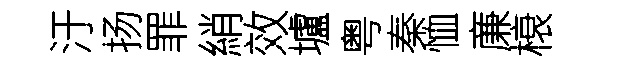
汙扬罪綃效壚粤秦恤亷榱